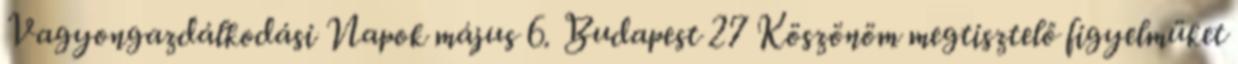
Vagyongazdálkodási Napok május 6. Budapest 27 Köszönöm megtisztelő figyelmüket